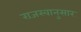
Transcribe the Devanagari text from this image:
राजस्वानुसार